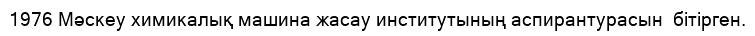
1976 Мәскеу химикалық машина жасау институтының аспирантурасын  бітірген.